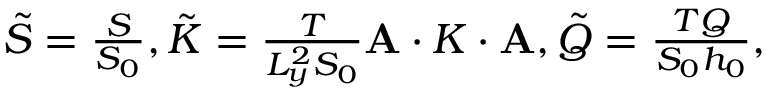
\begin{array} { r } { \tilde { S } = \frac { S } { S _ { 0 } } , \tilde { K } = \frac { T } { L _ { y } ^ { 2 } S _ { 0 } } \mathbf { A } \cdot K \cdot \mathbf { A } , \tilde { Q } = \frac { T Q } { S _ { 0 } h _ { 0 } } , } \end{array}